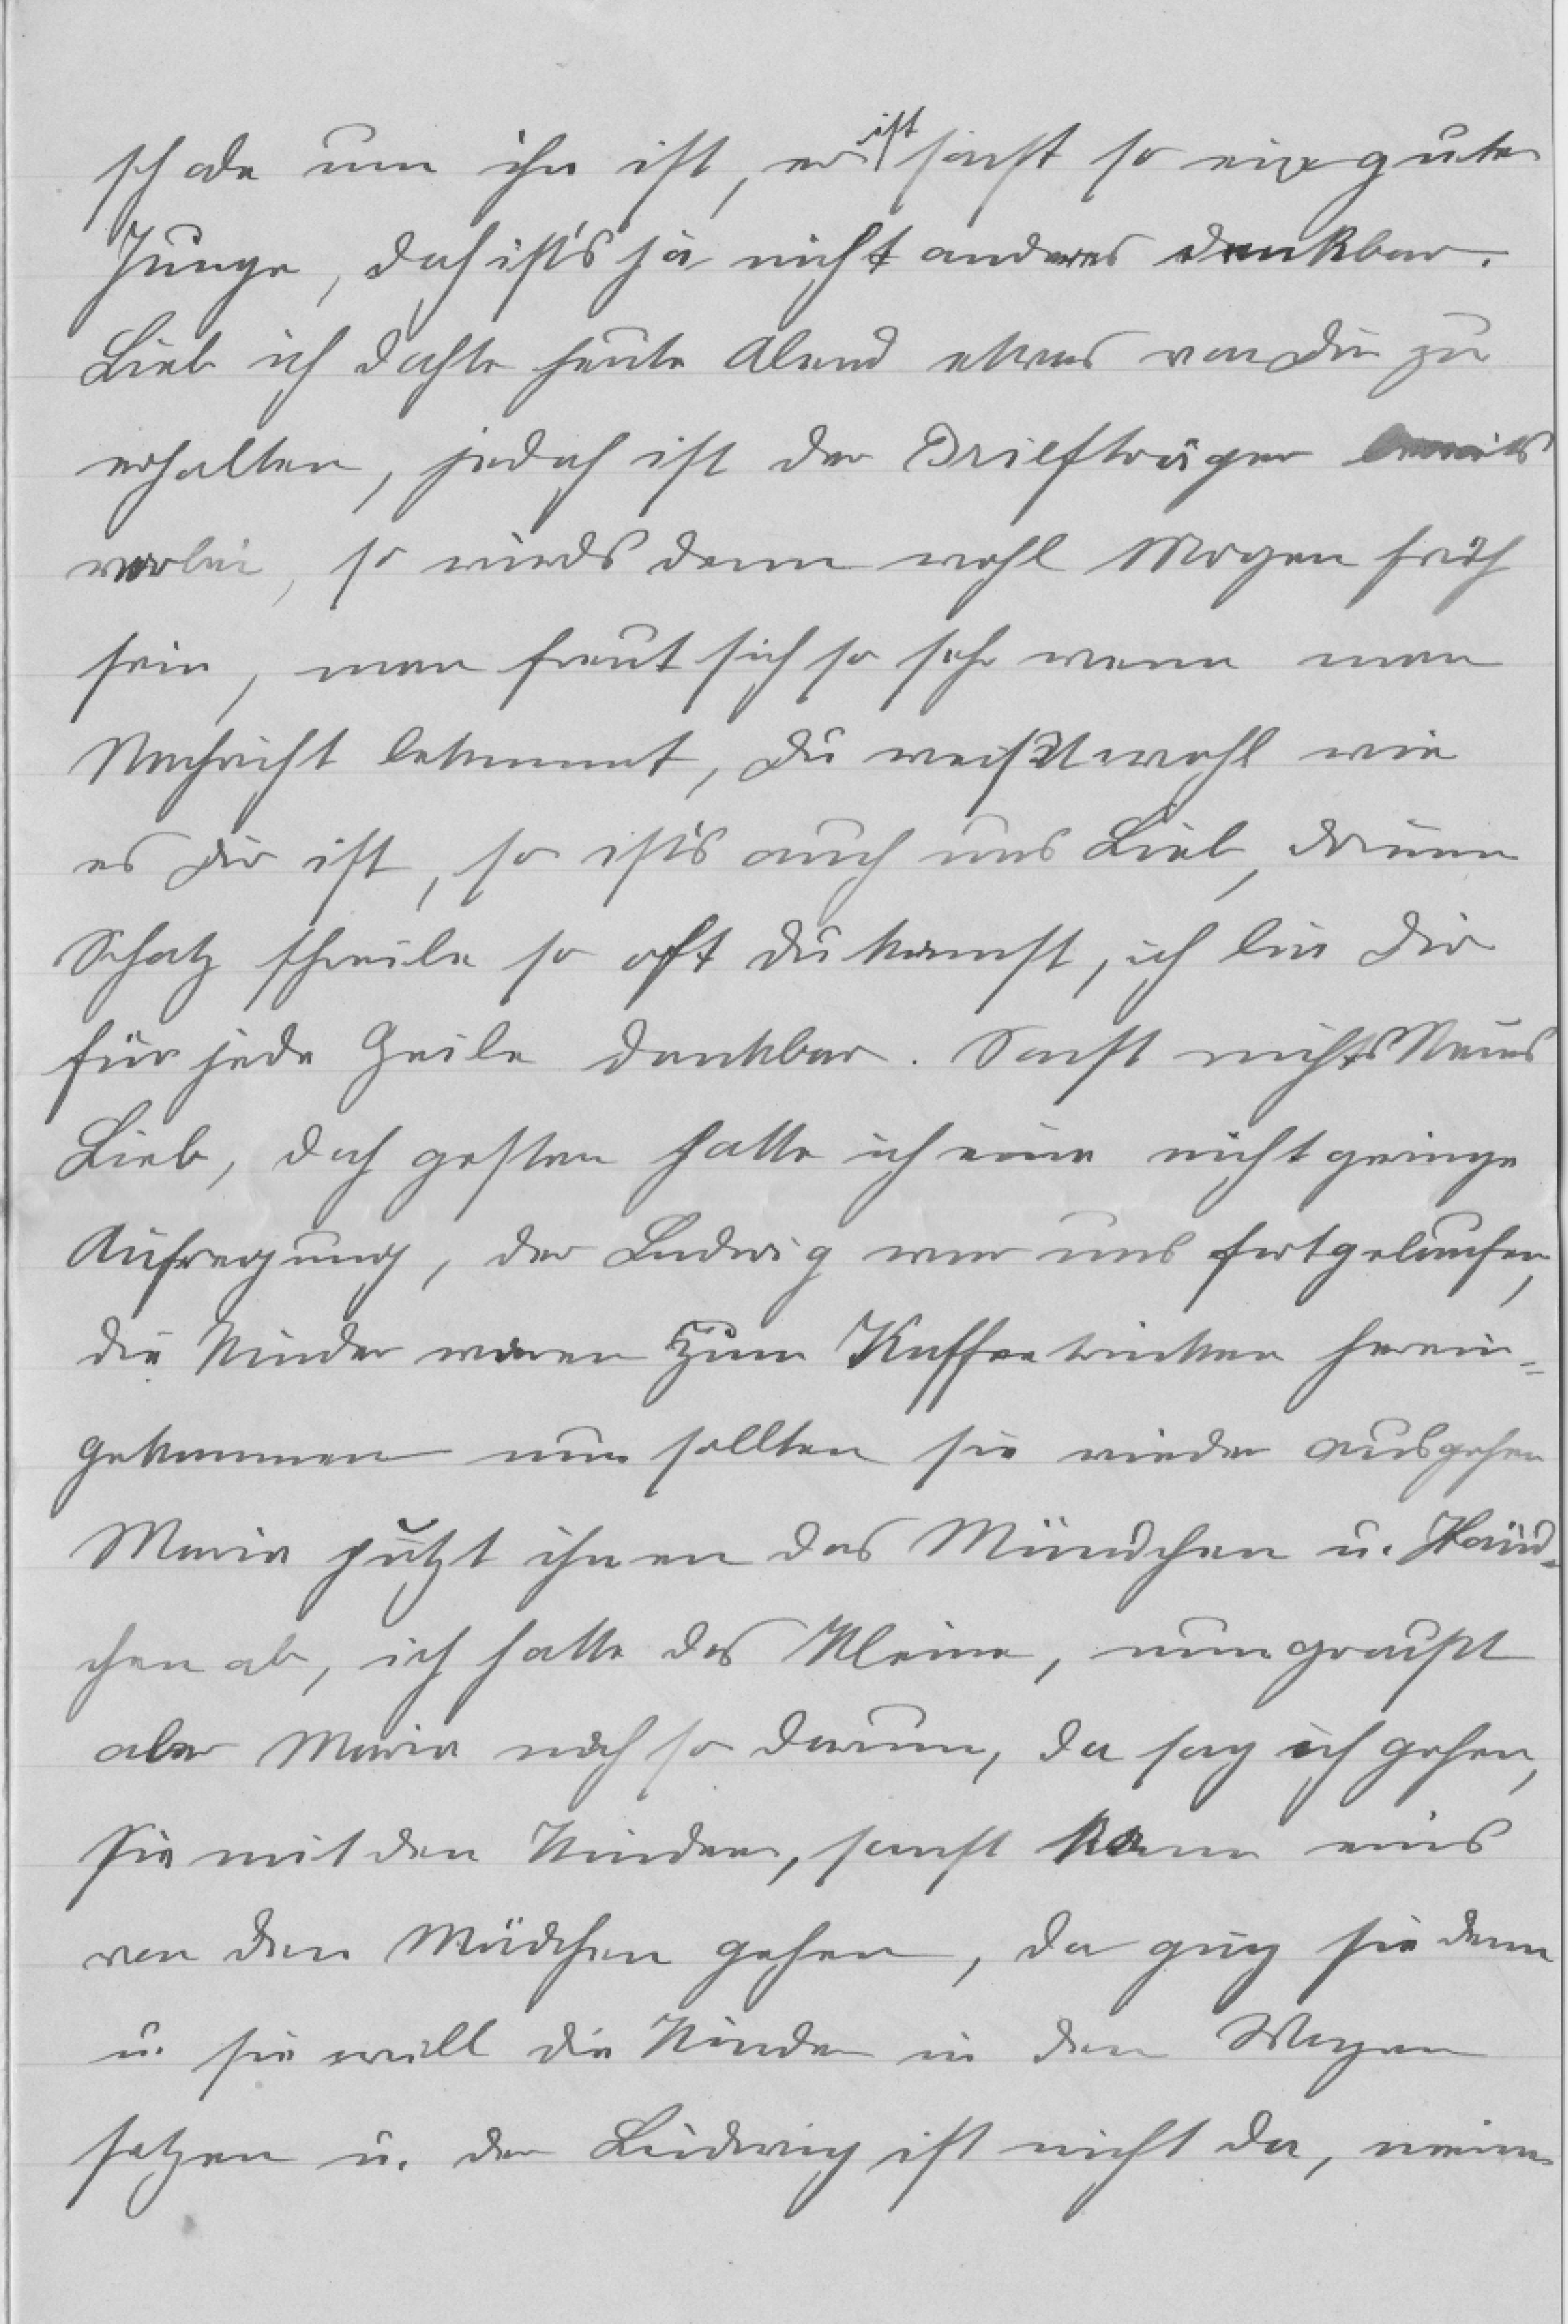
schade um ihn ist, er ist sonst so ein guter
Junge, doch ist's ja nicht anders denkbar.
Lieb ich dachte heute Abend etwas von dir zu
erhalten, jedoch ist der Briefträger bereits
vorbei, so wirds dann wohl Morgen früh
sein, man freut sich so sehr wenn man
Nachricht bekommt, du weißt wohl wie
es dir ist, so ist's auch uns Lieb, drum
Schatz schreibe so oft du kannst, ich bin dir
für jede Zeile dankbar. Sonst nichts Neues
Lieb, doch gestern hatte ich eine nicht geringe
Aufregung, der Ludwig war uns fortgelaufen,
die Kinder waren zum Kaffee trinken herein¬
gekommen nun sollten sie wieder ausgehen
Maria putzt ihnen das Mündchen u. Händ¬
chen ab, ich hatte das Kleine, nun grußt
aber Maria noch so darum, da sag ich gehen,
Sie mit den Kindern, sonst kann eins
von den Mädchen gehen, da ging sie dann
u. sie will die Kinder in den Wagen
setzen u. der Ludwig ist nicht da, meinen